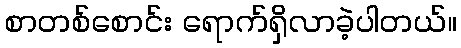
စာတစ်စောင်း ရောက်ရှိလာခဲ့ပါတယ်။